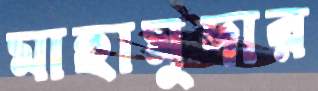
মাহামুদার